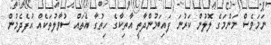
ނަަމަަވެސް މަަންްމަަގެ ލޮލުން ކަރުނަ ފައިބަމުންދާތީ އާތިކާގެ ހިތުގާ އެތައް ސުވާލުތަކެއް އުފެދެމުން